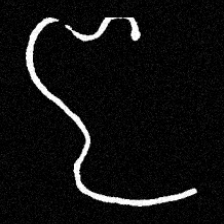
Pyu character \u2014 Myanmar letter: ဇ (romanized: ja)